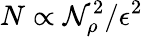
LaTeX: N\propto\mathcal{N}_{\rho}^{2}/\epsilon^{2}